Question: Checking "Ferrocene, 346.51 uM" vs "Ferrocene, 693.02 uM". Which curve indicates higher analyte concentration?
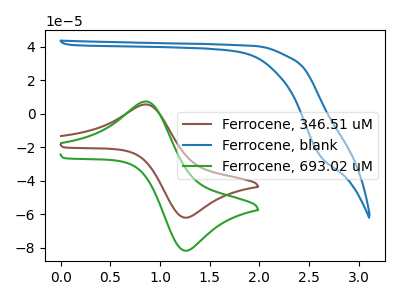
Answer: <think>The brown curve "Ferrocene, 346.51 uM" has an anodic peak at (0.85V, 5.60uA) and a cathodic peak at (1.25V, -61.85uA). The blue curve "Ferrocene, blank" has no peaks. The green curve "Ferrocene, 693.02 uM" has an anodic peak at (0.85V, 7.35uA) and a cathodic peak at (1.25V, -81.50uA).
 All the peaks in "Ferrocene, 346.51 uM" have a peak in "Ferrocene, 693.02 uM" at the same potential. Every peak in "Ferrocene, 346.51 uM" is lower than every peak in "Ferrocene, 693.02 uM".</think>
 <answer>"Ferrocene, 346.51 uM" has less signal than "Ferrocene, 693.02 uM" and so likely has a lower concentration.</answer>
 <eval>less_concentration</eval>